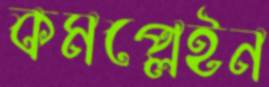
কমপ্লেইন